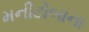
મનીટોબાના